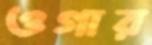
ওগার